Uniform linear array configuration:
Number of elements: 4
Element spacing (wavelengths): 0.75
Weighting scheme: hann
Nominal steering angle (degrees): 30
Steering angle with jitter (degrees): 29.4
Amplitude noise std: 0.05
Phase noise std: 0.05

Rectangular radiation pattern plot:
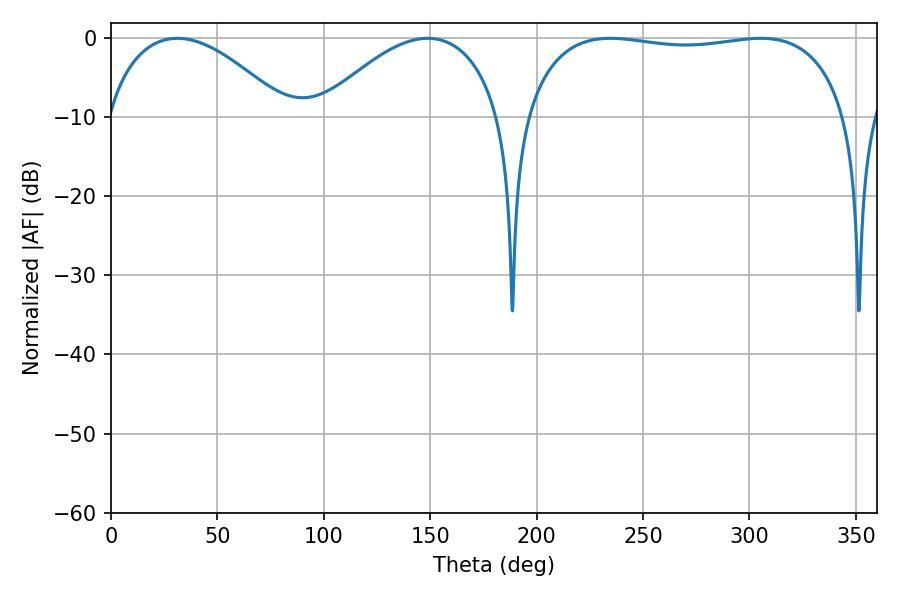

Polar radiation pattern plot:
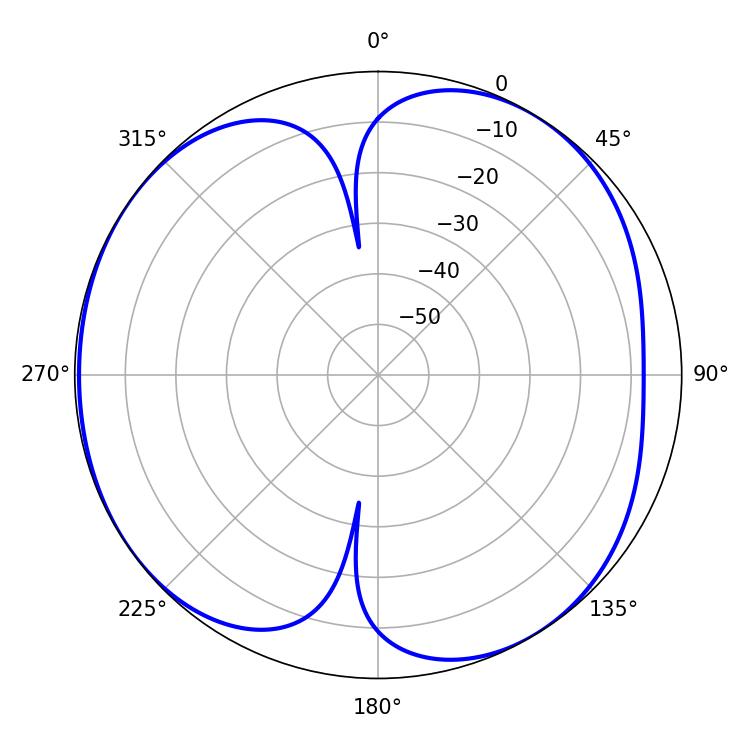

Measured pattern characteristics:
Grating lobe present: TRUE
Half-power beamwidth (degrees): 47.52
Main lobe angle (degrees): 31.14